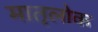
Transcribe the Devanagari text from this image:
मातृलोक